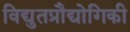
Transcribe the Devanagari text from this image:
विद्युतप्रौद्योगिकी